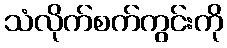
သံလိုက်စက်ကွင်းကို